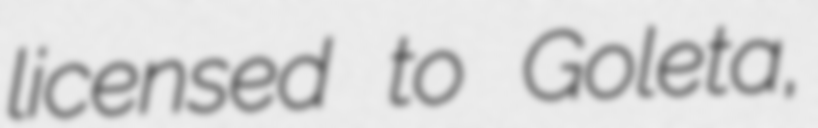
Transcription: licensed to Goleta,